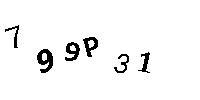
799P31